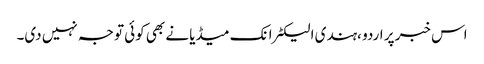
اس خبر پر اردو ،ہندی الیکٹرانک میڈیا نے بھی کوئی توجہ نہیں دی۔